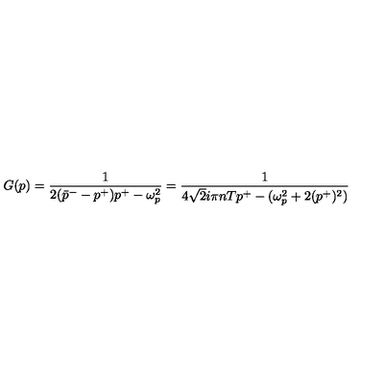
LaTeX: G ( p ) = \frac { 1 } { 2 ( \bar { p } ^ { - } - p ^ { + } ) p ^ { + } - \omega _ { p } ^ { 2 } } = \frac { 1 } { 4 \sqrt { 2 } i \pi n T p ^ { + } - ( \omega _ { p } ^ { 2 } + 2 ( p ^ { + } ) ^ { 2 } ) }